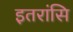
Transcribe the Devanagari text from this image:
इतरांसि